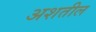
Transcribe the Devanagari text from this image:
अशतील